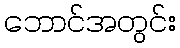
ဘောင်အတွင်း